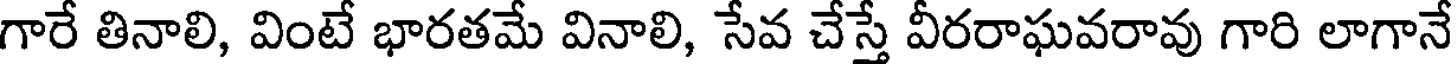
గారే తినాలి, వింటే భారతమే వినాలి, సేవ చేస్తే వీరరాఘవరావు గారి లాగానే